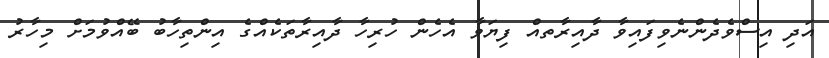
އަދި އިސްވެދެންނެވިފައިވާ ދާއިރާތއް ފިޔަވާ އެހެން ހުރިހާ ދާއިރާތަކެއްގެ އިންތިހާބު ބޭއްވުމަށް މިހާރު